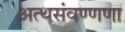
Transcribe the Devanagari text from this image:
अत्थसंवण्णणा